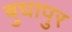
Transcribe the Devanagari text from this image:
बुधापुर